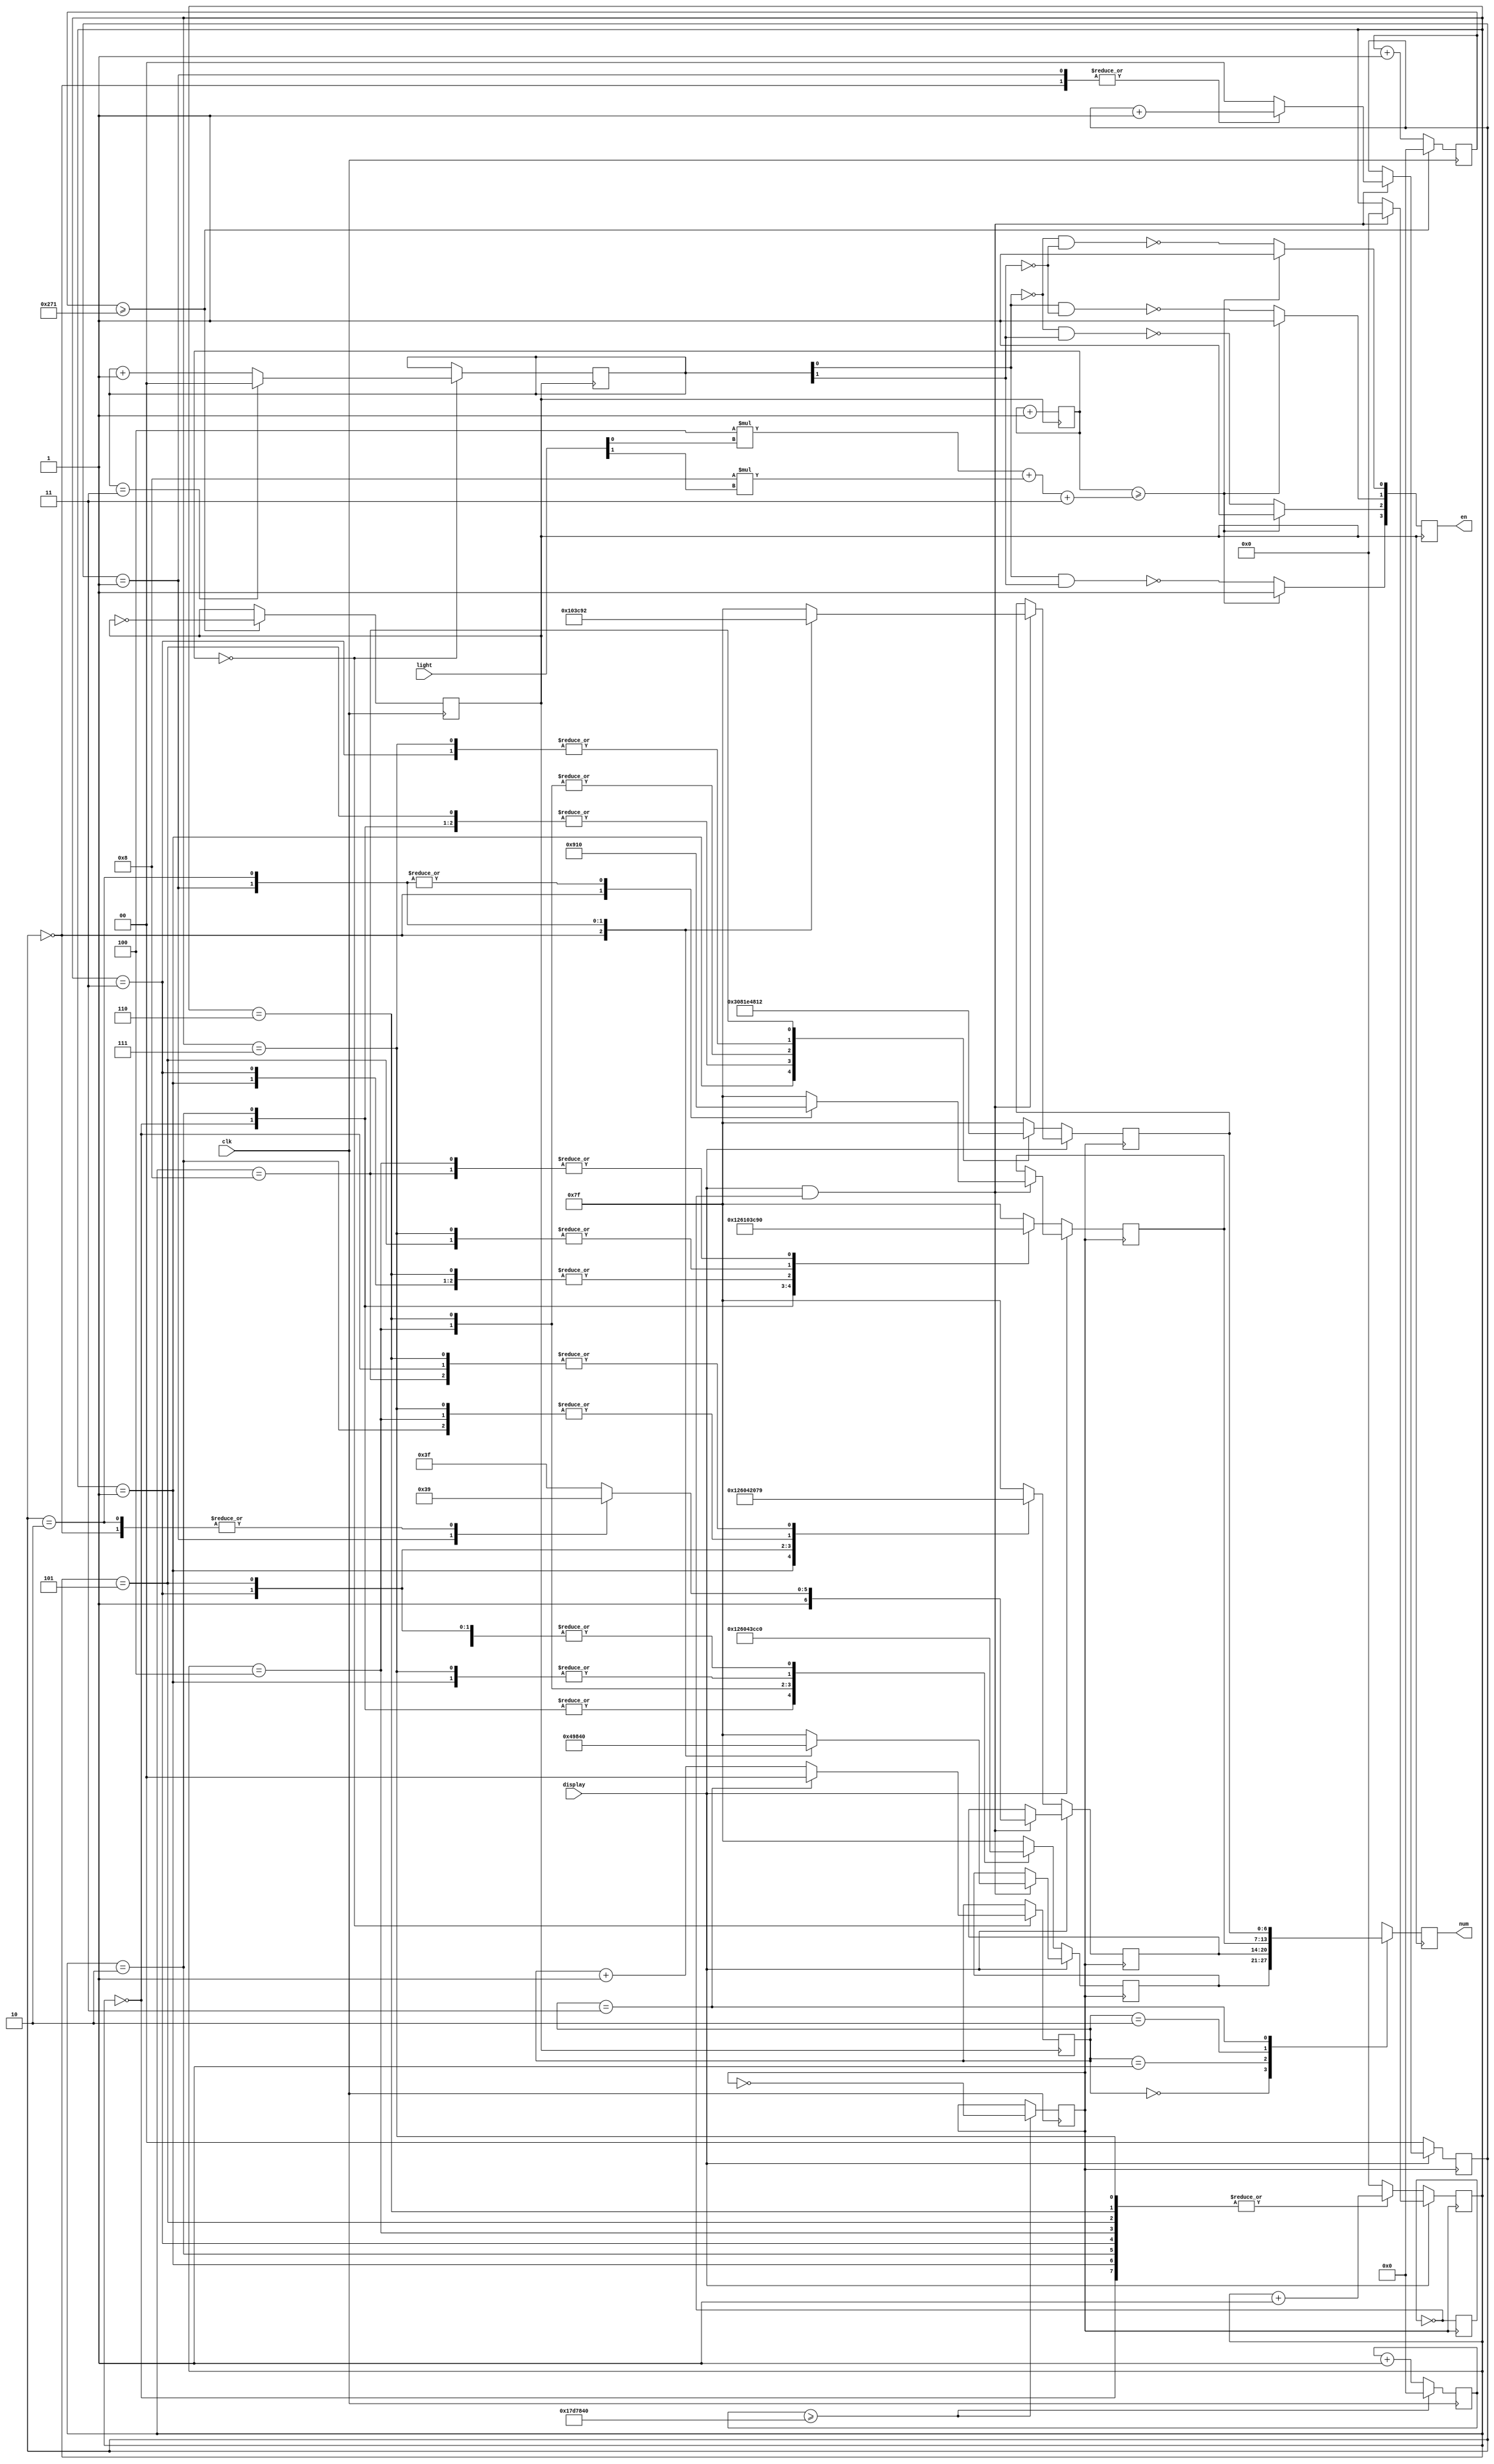
`timescale 1ns / 1ps
//////////////////////////////////////////////////////////////////////////////////
// Company: 
// Engineer: 
// 
// Design Name: 
// Module Name:    top 
// Project Name: 
// Target Devices: 
// Tool versions: 
// Description: 
//
// Dependencies: 
//
// Revision: 
// Revision 0.01 - File Created
// Additional Comments: 
//
//////////////////////////////////////////////////////////////////////////////////
module top(
    input clk,
    output reg [6:0] num,
    output reg [3:0] en,
    input [1:0] light,
    input display
    );
	 reg p_500ms;
	 reg p_625;
	 reg [6:0] num1;
	 reg [6:0] num2;
	 reg [6:0] num3;
	 reg [6:0] num4;
	 reg [1:0] count1=0;
	 reg [3:0] count2=0;
	 reg [3:0] tmp=0;
	 reg [1:0] num_1=0;
	 reg [1:0] pos=0;
	 reg [31:0] q1;
	 reg [31:0] q2;
	 reg q3=1;
	 
	 always @ (posedge clk)
				if (q1>=625)
					begin
					q1<=0;
					p_625=~p_625;
					end
				else
				q1<=q1+1;
	 always @ (posedge clk)
				if (q2>=25000000)
					begin
					q2<=0;
					p_500ms=~p_500ms;
					end
				else
				q2<=q2+1;
	 always @ (posedge p_500ms)
		begin
		q3=~q3;
		if ((display==1)&&(q3==1))
			begin
			count2<=0;
			case(count1)
			2'b00:begin
			  num1=7'b0010010;
			  num2=7'b1111001;
			  num3=7'b0010010;
			  num4=7'b1000000;
			  count1<=count1+1;
			  end
			2'b01:begin
			  num1=7'b0110000;
			  num2=7'b1000000;
			  num3=7'b0010000;
			  num4=7'b1111001;
			  count1<=count1+1;
			  end
			2'b10:begin
			  num1=7'b1000000;
			  num2=7'b1111001;
			  num3=7'b0010000;
			  num4=7'b0010010;
			  count1<=0;
			  end
			default:begin
			  num1=7'b1111111;
			  num2=7'b1111111;
			  num3=7'b1111111;
			  num4=7'b1111111;
			  count1<=0;
			  end
			endcase
			end
		if (display==0)
			begin
			count1<=0;
			case(count2)
			4'b0000:begin
			  num1=7'b0010010;
			  num2=7'b1111001;
			  num3=7'b0010010;
			  num4=7'b1000000;
			  count2<=count2+1;
			  end
			4'b0001:begin
			  num1=7'b1111001;
			  num2=7'b0010010;
			  num3=7'b1000000;
			  num4=7'b0110000;
			  count2<=count2+1;
			  end
			4'b0010:begin
			  num1=7'b0010010;
			  num2=7'b1000000;
			  num3=7'b0110000;
			  num4=7'b1000000;
			  count2<=count2+1;
			  end
			4'b0011:begin
			  num1=7'b1000000;
			  num2=7'b0110000;
			  num3=7'b1000000;
			  num4=7'b0010000;
			  count2<=count2+1;
			  end
			4'b0100:begin
			  num1=7'b0110000;
			  num2=7'b1000000;
			  num3=7'b0010000;
			  num4=7'b1111001;
			  count2<=count2+1;
			  end
			4'b0101:begin
			  num1=7'b1000000;
			  num2=7'b0010000;
			  num3=7'b1111001;
			  num4=7'b1000000;
			  count2<=count2+1;
			  end
			4'b0110:begin
			  num1=7'b0010000;
			  num2=7'b1111001;
			  num3=7'b1000000;
			  num4=7'b1111001;
			  count2<=count2+1;
			  end
			4'b0111:begin
			  num1=7'b1111001;
			  num2=7'b1000000;
			  num3=7'b1111001;
			  num4=7'b0010000;
			  count2<=count2+1;
			  end
			4'b1000:begin
			  num1=7'b1000000;
			  num2=7'b1111001;
			  num3=7'b0010000;
			  num4=7'b0010010;
			  count2<=0;
			  end
			default:begin
			  num1=7'b1111111;
			  num2=7'b1111111;
			  num3=7'b1111111;
			  num4=7'b1111111;
			  count2<=0;
			  end
			endcase
			end
		end
		
		always @ (posedge p_625)
			begin
			if(tmp==4'b0000)
				begin
				if(num_1==3)
					num_1<=0;
				else
					num_1<=num_1+1;
				if(pos==3)
					pos<=0;
				else
					pos<=pos+1;
				end
			case(num_1)
			0:num<=num1;
			1:num<=num2;
			2:num<=num3;
			3:num<=num4;
			endcase
			if(tmp>=4*light[0]+8*light[1]+3)
				begin
				en[0]<=1;
				en[1]<=1;
				en[2]<=1;
				en[3]<=1;
				end
			else
				begin
				en[0]<=~(~pos[0]&~pos[1]);
				en[1]<=~(pos[0]&~pos[1]);
				en[2]<=~(~pos[0]&pos[1]);
				en[3]<=~(pos[0]&pos[1]);
				end
			tmp<=tmp+1;
			end


endmodule